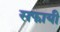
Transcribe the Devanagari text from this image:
सफायी